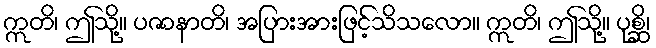
ဣတိ၊ ဤသို့။ ပဇာနာတိ၊ အပြားအားဖြင့်သိသလော။ ဣတိ၊ ဤသို့။ ပုစ္ဆိ၊